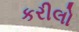
કરીલો